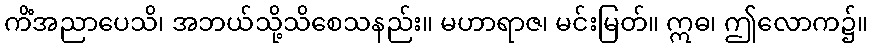
ကိံအညာပေသိ၊ အဘယ်သို့သိစေသနည်း။ မဟာရာဇ၊ မင်းမြတ်။ ဣဓ၊ ဤလောက၌။